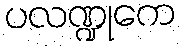
ပလဏ္ဍုကေ